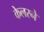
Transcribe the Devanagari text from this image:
केलरने